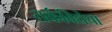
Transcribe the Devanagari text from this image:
तर्कविद्येचा